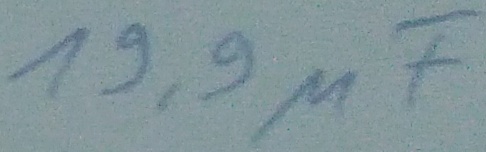
Text: 19,9µF